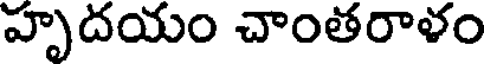
హృదయం చాంతరాళం